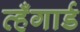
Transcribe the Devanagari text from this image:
व्हँगार्ड